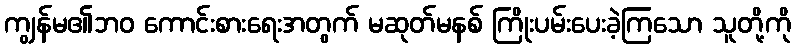
ကျွန်မ၏ဘဝ ကောင်းစားရေးအတွက် မဆုတ်မနစ် ကြိုးပမ်းပေးခဲ့ကြသော သူတို့ကို